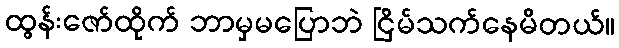
ထွန်းဇော်ထိုက် ဘာမှမပြောဘဲ ငြိမ်သက်နေမိတယ်။